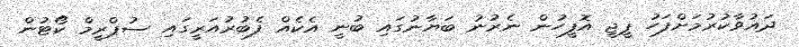
ދައުވާކުރުމަށްފަހު ޕީޖީ އޮފީހުން ނެރުނު ބަޔާނުގައި ބުނީ އެކެއް ފެބުރުއަރީގައި ސުޕްރީމް ކޯޓުން